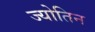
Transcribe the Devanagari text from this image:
ज्‍योतिन